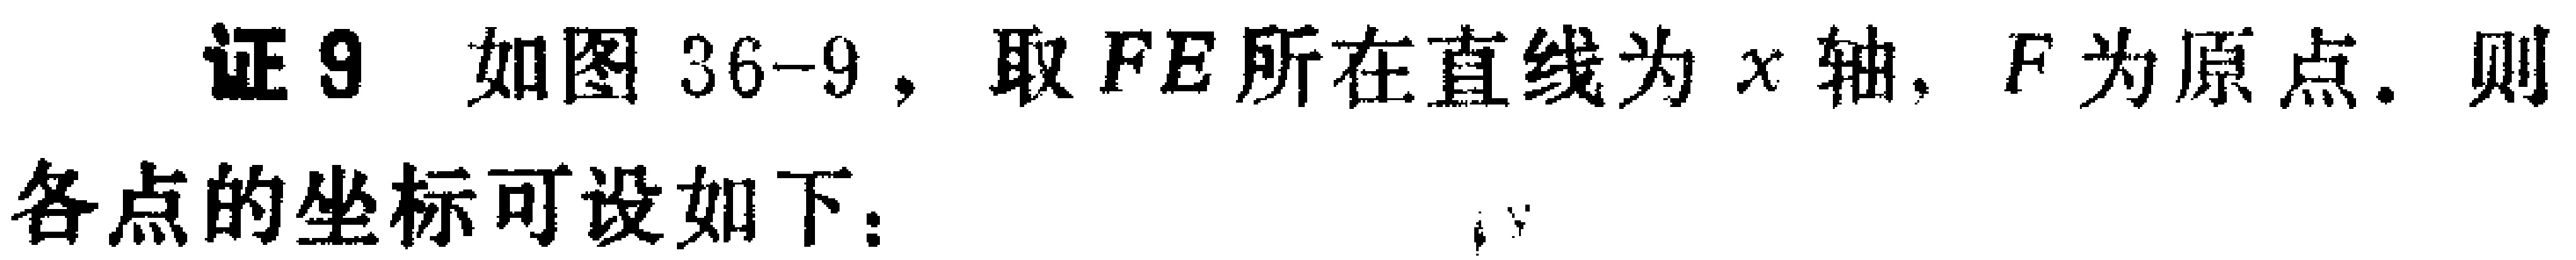
证9 如图36-9，取\(FE\)所在直线为\(x\)轴，\(F\)为原点。则
各点的坐标可设如下：